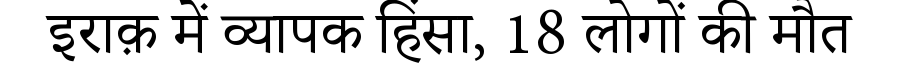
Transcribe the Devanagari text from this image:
इराक़ में व्यापक हिंसा, 18 लोगों की मौत